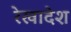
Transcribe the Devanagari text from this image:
रेखादेश